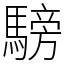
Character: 騯